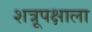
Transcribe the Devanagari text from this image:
शत्रूपक्षाला